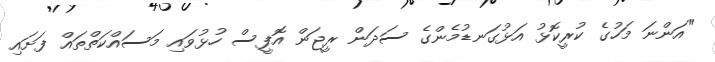
"އަންނަ މަހުގެ ކުރީކޮޅު އަޅުގަނޑުމެންގެ ސަދަން ރީޖަން އޮފީސް ހުޅުވައި މަސައްކަތްތައް ފަށައި